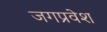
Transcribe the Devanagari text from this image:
जगप्रवेश